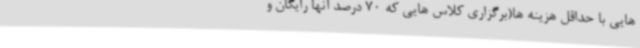
هایی با حداقل هزینه ها(برگزاری کلاس هایی که 70 درصد آنها رایگان و